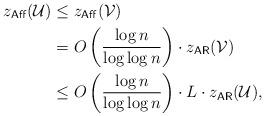
LaTeX: \begin{align*}z_{\sf Aff}({\cal U}) & \leq z_{\sf Aff}( {\cal V}) \\&= O \left( \frac{\log n}{\log \log n} \right) \cdot z_{\sf AR}( {\cal V}) \\& \leq O\left( \frac{\log n}{\log \log n} \right) \cdot L \cdot z_{\sf AR}({\cal U}),\end{align*}